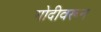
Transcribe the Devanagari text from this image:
गोदीवरून